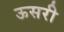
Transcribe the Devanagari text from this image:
ऊसरी